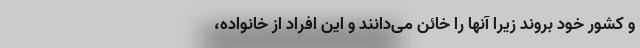
و کشور خود بروند زیرا آنها را خائن می‌دانند و این افراد از خانواده،